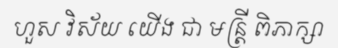
ហួស វិស័យ យើង ជា មន្ត្រី ពិភាក្សា